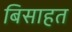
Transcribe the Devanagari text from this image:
बिसाहत